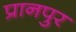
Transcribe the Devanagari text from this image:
प्रानपुर